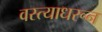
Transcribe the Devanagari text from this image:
वस्त्याधरून